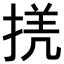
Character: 𢮲